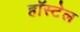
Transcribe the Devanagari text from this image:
हॉस्टेल